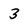
Character: 3